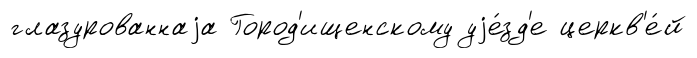
глазурованнаjа Город'ищенскому уjе́зд'е церкв'е́й